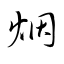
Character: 烟